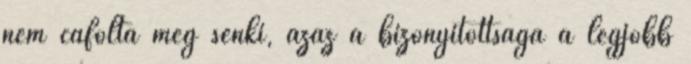
nem cáfolta meg senki, azaz a bizonyítottsága a legjobb